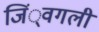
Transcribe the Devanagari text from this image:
जिं्वगली